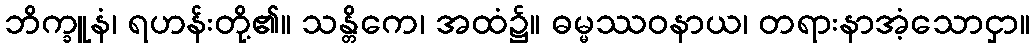
ဘိက္ခူနံ၊ ရဟန်းတို့၏။ သန္တိကေ၊ အထံ၌။ ဓမ္မဿဝနာယ၊ တရားနာအံ့သောငှာ။